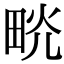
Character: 𤱦